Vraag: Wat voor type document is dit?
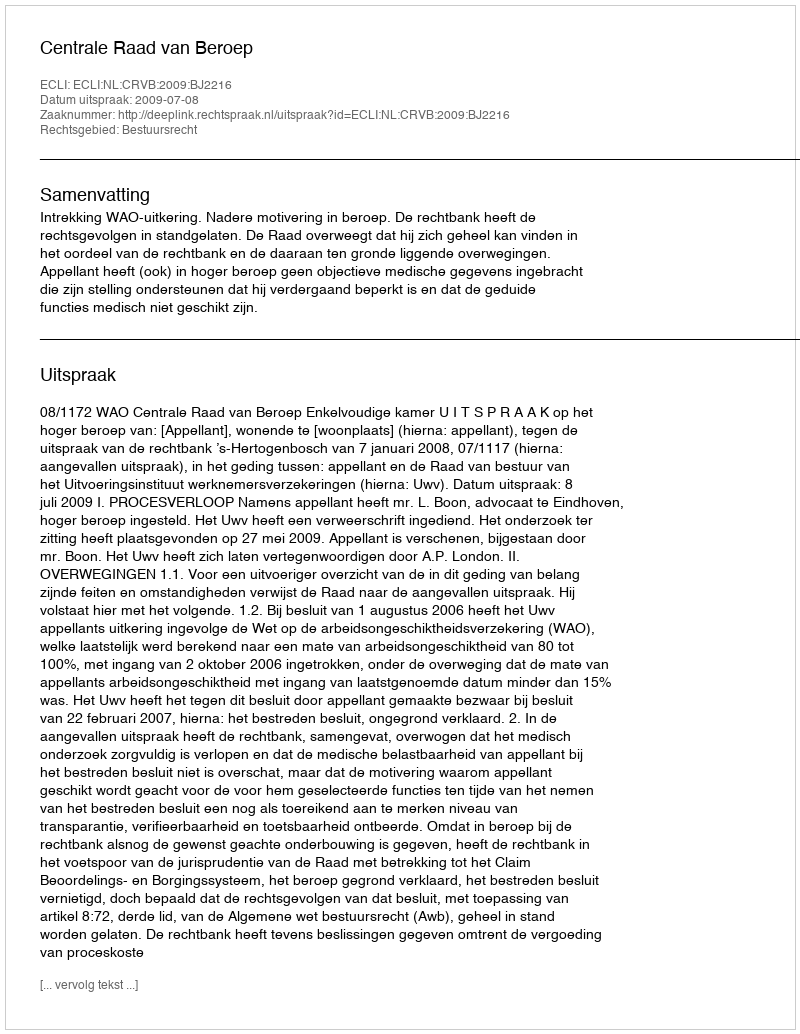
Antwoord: Uitspraak